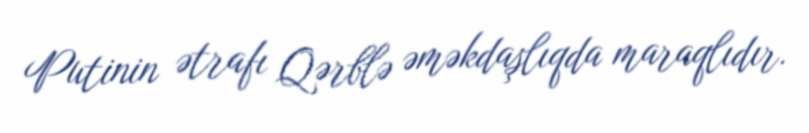
Putinin ətrafı Qərblə əməkdaşlıqda maraqlıdır.